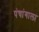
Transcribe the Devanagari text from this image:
पंचांगाला